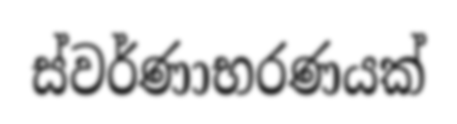
ස්වර්ණාභරණයක්